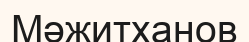
Мәжитханов